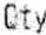
QTY